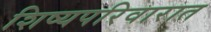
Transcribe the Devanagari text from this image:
शिष्यपरिवारात